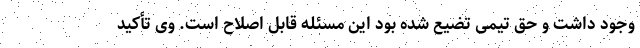
وجود داشت و حق تیمی تضیع شده بود این مسئله قابل اصلاح است. وی تأکید